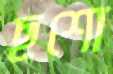
ছশো